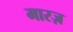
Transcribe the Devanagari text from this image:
मारज़